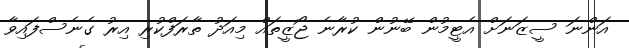
އަންނަ ސީޒަނަށް އެޓީމުން ބޭނުން ކުރާނެ ޖޯޒީތައް މިއަދު ތާރަފްކުރި އިރު ގެނެސްފައިވާ